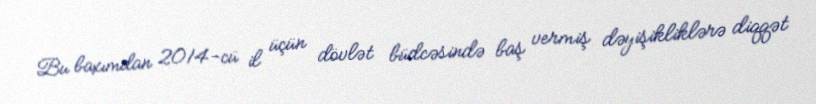
Bu baxımdan 2014-cü il üçün dövlət büdcəsində baş vermiş dəyişikliklərə diqqət